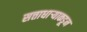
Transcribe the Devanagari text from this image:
सत्ताधाऱ्याकडून